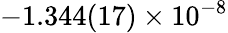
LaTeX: -1.344(17)\times 10^{-8}